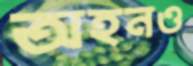
অহনও